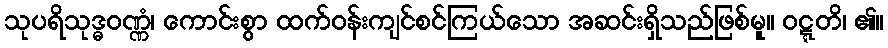
သုပရိသုဒ္ဓဝဏ္ဏံ၊ ကောင်းစွာ ထက်ဝန်းကျင်စင်ကြယ်သော အဆင်းရှိသည်ဖြစ်မူ။ ဝဋ္ဋတိ၊ ၏။